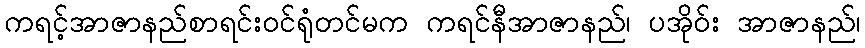
ကရင့်အာဇာနည်စာရင်းဝင်ရုံတင်မက ကရင်နီအာဇာနည်၊ ပအိုဝ်း အာဇာနည်၊